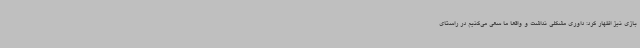
بازی نیز اظهار کرد: داوری مشکلی نداشت و واقعا ما سعی می‌کنیم در راستای